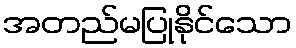
အတည်မပြုနိုင်သော